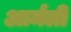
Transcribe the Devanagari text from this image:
आर्मली